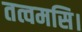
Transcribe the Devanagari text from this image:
तत्वमसि।